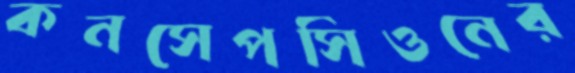
কনসেপসিওনের